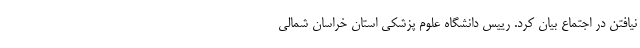
نیافتن در اجتماع بیان کرد. رییس دانشگاه علوم پزشکی استان خراسان شمالی